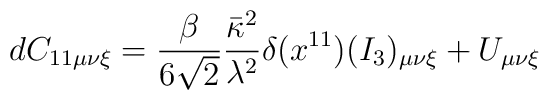
dC_{11 \mu \nu \xi } = \frac{\beta}{6\sqrt{2}} \frac{\bar{\kappa}^2}{\lambda^2} \delta (x^{11}) (I_3)_{\mu \nu \xi} + U_{\mu \nu \xi}